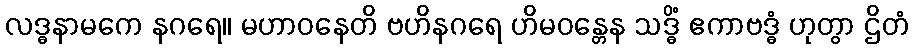
လဒ္ဓနာမကေ နဂရေ။ မဟာဝနေတိ ဗဟိနဂရေ ဟိမဝန္တေန သဒ္ဓိံ ဧကာဗဒ္ဓံ ဟုတွာ ဌိတံ